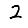
Digit: 2